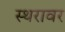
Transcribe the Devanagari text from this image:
स्थरावर